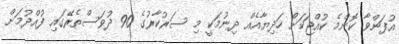
އުފަންވާ ކޮންމެ ކުއްޖަކަށް ހަދިޔާއެއް ދިނުމަކީ މި ސަރުކާރުގެ 90 ދުވަސްތެރޭގައި ފުއްދުމަށް